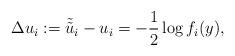
LaTeX: \begin{align*}\Delta u_i:= \tilde{\tilde{u}}_i - u_i =- \frac{1}{2} \log f_i(y),\end{align*}